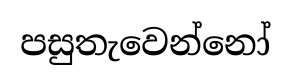
පසුතැවෙන්නෝ